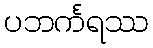
ပဘင်္ကရဿ